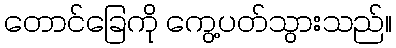
တောင်ခြေကို ကွေ့ပတ်သွားသည်။